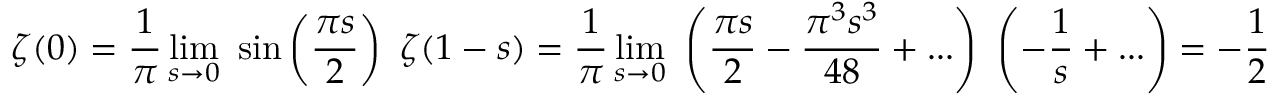
\zeta ( 0 ) = { \frac { 1 } { \pi } } \operatorname* { l i m } _ { s \rightarrow 0 } \ \sin \left( { \frac { \pi s } { 2 } } \right) \ \zeta ( 1 - s ) = { \frac { 1 } { \pi } } \operatorname* { l i m } _ { s \rightarrow 0 } \ \left( { \frac { \pi s } { 2 } } - { \frac { \pi ^ { 3 } s ^ { 3 } } { 4 8 } } + . . . \right) \ \left( - { \frac { 1 } { s } } + . . . \right) = - { \frac { 1 } { 2 } }